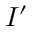
I ^ { \prime }